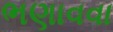
ભણાવવા